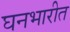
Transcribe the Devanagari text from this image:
घनभारीत